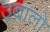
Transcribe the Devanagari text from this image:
उबालो